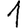
Digit: 1